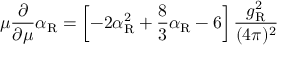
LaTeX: \mu \frac { \partial } { \partial \mu } \alpha _ { \mathrm { R } } = \left[ - 2 \alpha _ { \mathrm { R } } ^ { 2 } + \frac 8 3 \alpha _ { \mathrm { R } } - 6 \right] \frac { g _ { \mathrm { R } } ^ { 2 } } { ( 4 \pi ) ^ { 2 } }